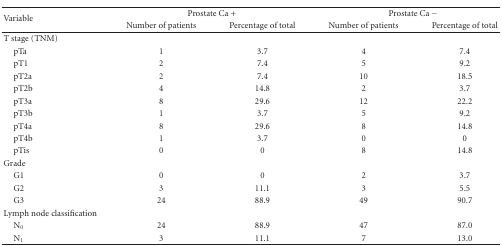
| <ROWSPAN=2> Variable | <COLSPAN=2> Prostate Ca + | <COLSPAN=2> Prostate Ca − |
 | Number of patients | Percentage of total | Number of patients | Percentage of total |
 | --- | --- | --- | --- | --- |
 | T stage (TNM) |  |  |  |  |
 | pTa | 1 | 3.7 | 4 | 7.4 |
 | pT1 | 2 | 7.4 | 5 | 9.2 |
 | pT2a | 2 | 7.4 | 10 | 18.5 |
 | pT2b | 4 | 14.8 | 2 | 3.7 |
 | pT3a | 8 | 29.6 | 12 | 22.2 |
 | pT3b | 1 | 3.7 | 5 | 9.2 |
 | pT4a | 8 | 29.6 | 8 | 14.8 |
 | pT4b | 1 | 3.7 | 0 | 0 |
 | pTis | 0 | 0 | 8 | 14.8 |
 | Grade |  |  |  |  |
 | G1 | 0 | 0 | 2 | 3.7 |
 | G2 | 3 | 11.1 | 3 | 5.5 |
 | G3 | 24 | 88.9 | 49 | 90.7 |
 | Lymph node classification |  |  |  |  |
 | N0 | 24 | 88.9 | 47 | 87.0 |
 | N1 | 3 | 11.1 | 7 | 13.0 |